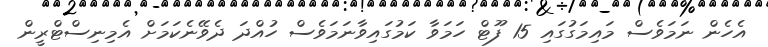
އެހެން ނަމަވެސް މައިމަގުގައި 15 ފޫޓް ހަމަވާ ކަމުގައިވާނަމަވެސް ހުއްދަ ދެވޭނެކަމަށް އެމިނިސްޓްރީން